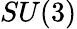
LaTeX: SU(3)